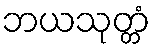
ဘယသုတ္တံ